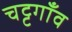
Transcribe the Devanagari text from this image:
चट्टगाँव